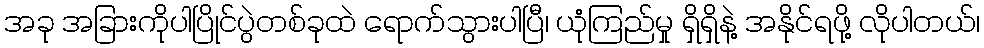
အခု အခြားကိုပါပြိုင်ပွဲတစ်ခုထဲ ရောက်သွားပါပြီ၊ ယုံကြည်မှု ရှိရှိနဲ့ အနိုင်ရဖို့ လိုပါတယ်၊